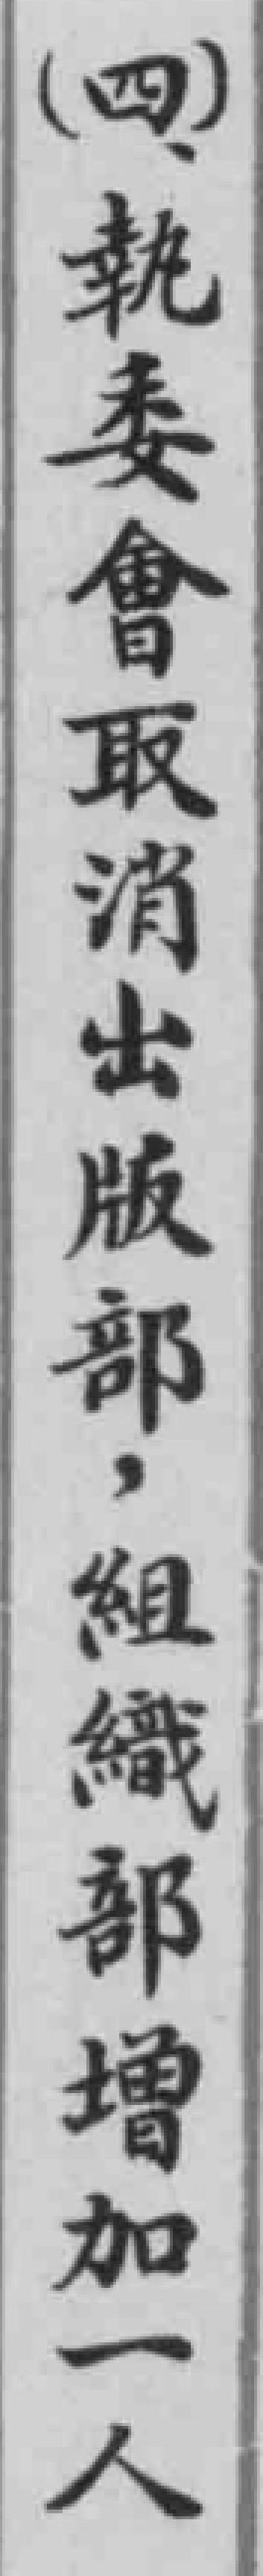
(四)執委會取消出版部，組織部增加一人